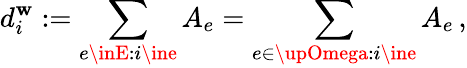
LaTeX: d_{i}^{\mathbf{w}}:=\sum_{e\inE:i\ine}A_{e}=\sum_{e\in\upOmega:i\ine}A_{e}\, ,